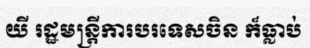
យី រដ្ឋមន្ត្រីការបរទេសចិន ក៏ធ្លាប់